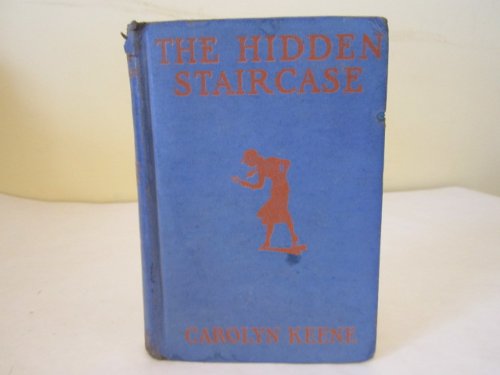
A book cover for Nancy Drew Mystery Stories: The Hidden Staircase; Carolyn Keene; Crafts, Hobbies & Home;